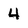
Character: 4